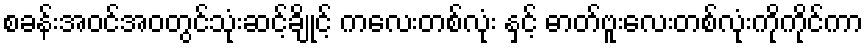
စခန်းအဝင်အဝတွင်သုံးဆင့်ချိုင့် ကလေးတစ်လုံး နှင့် ဓာတ်ဗူးလေးတစ်လုံးကိုကိုင်ကာ